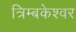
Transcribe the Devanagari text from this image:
त्रिम्बकेश्वर